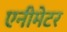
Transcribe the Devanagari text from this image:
एनीमेटर